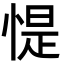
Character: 惿